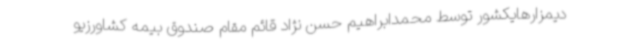
دیمزارهایکشور توسط محمدابراهیم حسن نژاد قائم مقام صندوق بیمه کشاورزیو